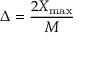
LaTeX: \Delta = { \frac { 2 X _ { \operatorname* { m a x } } } { M } }